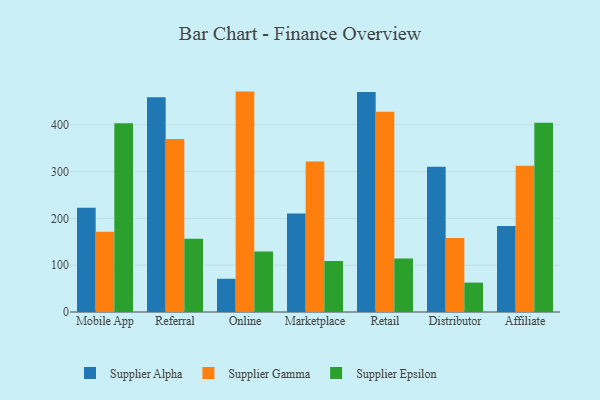
{"axis": {"x": "Channel", "y": "Active Users"}, "legend": ["Supplier Alpha", "Supplier Epsilon", "Supplier Gamma"], "data": [{"x": "Mobile App", "y": 222.8, "type": "Supplier Alpha"}, {"x": "Mobile App", "y": 171.3, "type": "Supplier Gamma"}, {"x": "Mobile App", "y": 403.2, "type": "Supplier Epsilon"}, {"x": "Referral", "y": 458.7, "type": "Supplier Alpha"}, {"x": "Referral", "y": 369.8, "type": "Supplier Gamma"}, {"x": "Referral", "y": 156.3, "type": "Supplier Epsilon"}, {"x": "Online", "y": 71.0, "type": "Supplier Alpha"}, {"x": "Online", "y": 470.9, "type": "Supplier Gamma"}, {"x": "Online", "y": 129.4, "type": "Supplier Epsilon"}, {"x": "Marketplace", "y": 210.6, "type": "Supplier Alpha"}, {"x": "Marketplace", "y": 321.3, "type": "Supplier Gamma"}, {"x": "Marketplace", "y": 109.0, "type": "Supplier Epsilon"}, {"x": "Retail", "y": 469.8, "type": "Supplier Alpha"}, {"x": "Retail", "y": 427.6, "type": "Supplier Gamma"}, {"x": "Retail", "y": 114.5, "type": "Supplier Epsilon"}, {"x": "Distributor", "y": 310.5, "type": "Supplier Alpha"}, {"x": "Distributor", "y": 158.1, "type": "Supplier Gamma"}, {"x": "Distributor", "y": 62.8, "type": "Supplier Epsilon"}, {"x": "Affiliate", "y": 184.0, "type": "Supplier Alpha"}, {"x": "Affiliate", "y": 312.3, "type": "Supplier Gamma"}, {"x": "Affiliate", "y": 404.6, "type": "Supplier Epsilon"}]}